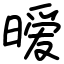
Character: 暧